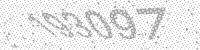
Solution: 193097